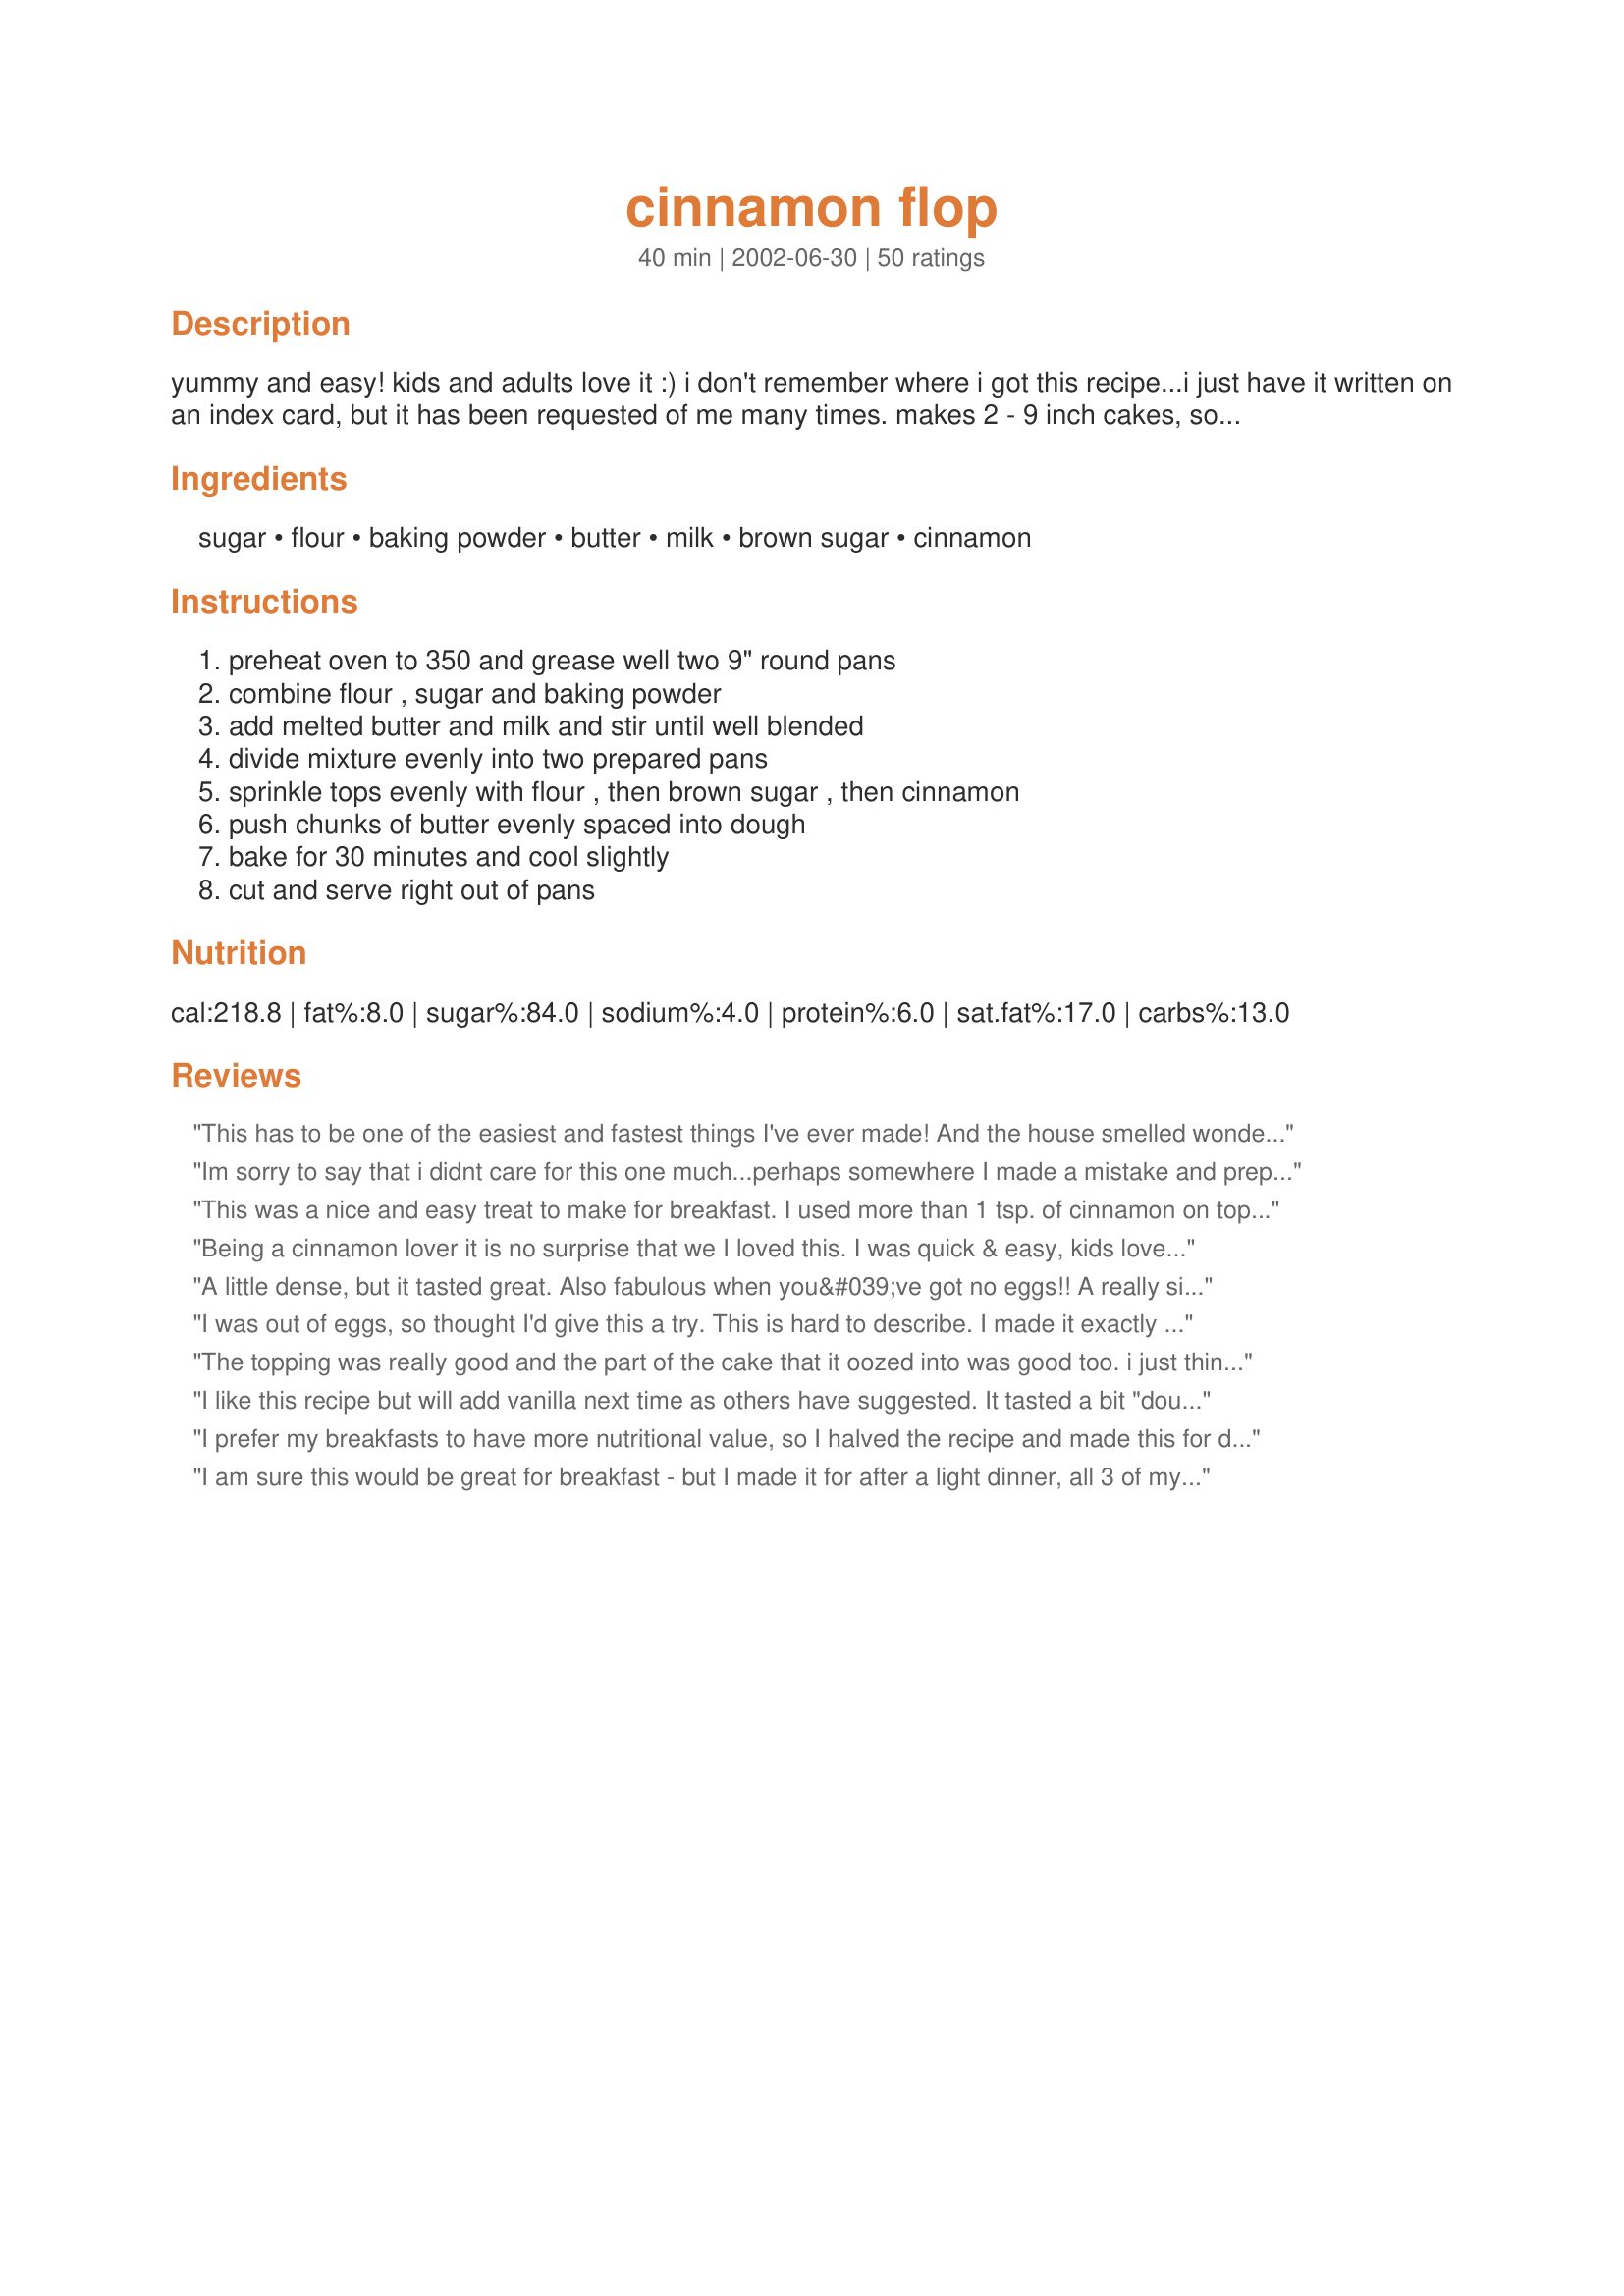
cinnamon flop
Preparation time: 40 minutes

yummy and easy! kids and adults love it :) i don't remember where i got this recipe...i just have it written on an index card, but it has been requested of me many times. makes 2 - 9 inch cakes, so there is enough to go around!

Ingredients:
sugar, flour, baking powder, butter, milk, brown sugar, cinnamon

Steps:
preheat oven to 350 and grease well two 9" round pans, combine flour , sugar and baking powder, add melted butter and milk and stir until well blended, divide mixture evenly into two prepared pans, sprinkle tops evenly with flour , then brown sugar , then cinnamon, push chunks of butter evenly spaced into dough, bake for 30 minutes and cool slightly, cut and serve right out of pans

Reviews:
This has to be one of the easiest and fastest things I've ever made! And the house smelled wonderful while it was baking, too. It was delicious with a good cup of coffee. While it was good the next day, it was by far the best while it was still warm, fresh out of the oven. Thanks for the recipe, Karen. I'll be making it again.
Im sorry to say that i didnt care for this one much...perhaps somewhere I made a mistake and prepared this dish wrong..but the batter fit into only 1 cake pan. I thought the texture was a bit chewy, although i did love the cinnamon on top( that was the best part)
This was a nice and easy treat to make for breakfast. I used more than 1 tsp. of cinnamon on top and I think next time I will add some vanilla to the batter and make some icing to drizzle on top. We will definately be having this again. Thanks for sharing!
Being a cinnamon lover it is no surprise that we I loved this. I was quick & easy, kids loved it too. We ate it warm right from the oven. Will definately make this again
A little dense, but it tasted great. Also fabulous when you&#039;ve got no eggs!! A really simple recipe which is good for weekend brunch!
I was out of eggs, so thought I'd give this a try. This is hard to describe. I made it exactly as written. My husband said it tastes like old bread with cinnamon to top. Threw it all out. Will not make this again.
The topping was really good and the part of the cake that it oozed into was good too. i just think that the cake part needed more flavour. The recipe was super easy to follow and very quick to put together.
I like this recipe but will add vanilla next time as others have suggested. It tasted a bit "doughy". My dh loved it. Also, it is stuck to the bottom of my baking pan even though I greased it. Next time I'll grease and flour the bottom of the pans.
I prefer my breakfasts to have more nutritional value, so I halved the recipe and made this for dessert. It was easy, quick and not too rich or full of fat. I'll probably make it again. Might be good with some chopped nuts on top.
 I am sure this would be great for breakfast - but I made it for after a light dinner, all 3 of my kids loved a big chunk with a glass of milk, I loved it too! Easy and quick to make, the cinnamon topping really lifts it as well.
I found this to be very tasty. My children really liked it too. Thanks for posting such a great recipe. Barbara B.
This was absolutely delicious. I made it this morning as a treat for ds, who has difficulty getting up in the morning for preschool. The smell of it got him right up out of bed!! We all loved it. I added a teaspoon of vanilla to the batter. Thanks so much for this great recipe - I will be making again and again and again...
Super easy to make - yummy!
I made this for breakfast a couple days ago. I put the coffee on first thing when I got up, then slapped it together. The coffee was just finishing when I popped it in the oven. Made my husband's thermos, poured my first cup, put on another pot of coffee, then packed hubby's lunch. The "FLOP" was just ready to come out of the oven when I finished the lunch and got my husband up. He and I ate it warm out of the oven (he even wanted a piece added to his lunchbox), and the girls ate it room temperature when they got up. The family wiped it out entirely. Thumbs up from all of them!!!
I took this to my family reunion this summer and it was a VERY BIG hit with everyone kids and adults!! We all agreed I should have brought vanilla ice cream to serve with it...I will know for next time. Thanx for wonderful recipe
DS and I made this for DH for Father's Day and served it to him in bed. Quite tasty and so easy that it kept DS interested. I made a 1/2 recipe.
This could not be simpler. I did add some vanilla and nutmeg. I love that its quick and easy, I just received an Amish cookbook and this recipe is in it. Good recipe to teach your kids to bake with.
Found this recipe at the local library. A book titled &#039;From Amish and Mennonite Kitchens.&#039; Wonderful recipe! Quick, simple, flavorful. Perfect for when we are low/out of eggs.
It was really great tasting, but I messed it up a bit. I didn't spread the topping evenly enough for one. Would benefit from some vanilla. I'd make it again. Also, the texture was a bit odd. Not all that fluffy.
made this morning, very simple and quick - I used my largest springform pan instead of using 2 - 9" cake pans and it turned out good
Made this last night for a quick dessert, needless to say it was gone in no time. I did manage to hide a piece to enjoy with my coffee this morning. It was very good and easy to prepare, DH says it was easy to eat also! (He couldn't stop!)
Karen, 
Thank you for sharing your recipe. It was delicious. My family enjoyed it very much. My children usually don't like to try anything new, but their eyes lit up when they tasted it. This is a new family favorite!
Very tasty and very easy. I halved the recipe for only one pan, which worked just fine. My cooking time was less, too- only about 15 minutes rather than 20. Very simple and it reminds me of a crumbcake or a coffeecake, but less unhealthy. I think that, as others have said, that this would benefit greatly from the addition of nuts and vanilla. Maybe a bit of chopped apple or some raisins? Tender and light little cake (and egg-free!) I will be making this again.
This was quick and easy. It's not as heavy or sweet as a crumb cake so it it nice for breakfast. I thought it tasted much better the next day rather than hot out of the oven. The only change I wade was to add a teaspoon of vanilla to the batter. When I want something quick, I will use this recipe again, but it will not replace my more flavorful crumb cake recipe when I have the extra time.
I agree that it was a bit dense. I added pears which worked great. I will make this one again i guess, i just need an occasion. It would be great for pot lucks but people here tend to prefer creamier, richer cakes, which i do not. So i could only give 4 stars as i basically cook and bake more for friend than for myself.
For me, this was just okay. I liked the idea of it a lot, but it didn't really hit the spot for either a breakfast cake or a dessert. It was really dense and not that flavorful. In any case, I will probably make it again because I always have the ingredients on hand and it was quick and easy to throw together. Maybe I'll play with the recipe a bit and try adding nuts or other flavors.
I halved the recipe and then accidentally added a whole cup of lite vanilla soymilk. Deciding to be brave I added vanilla essence, a packet of instant vanilla oatmeal, and half a cup of dessicated coconut. It is suprisingly still good, not too sweet, not too plain. Will defintely bake again!
Very EASY!!! and everyone loves it! thanks so much!!
I made this one night when I just wanted something warm for dessert. It was really good. Goes well with hot tea.
If I was rating this for "kid friendliness" in the kitchen I'd give it a 5 star rating. However, for taste it only earns 3 stars. If we make this again I'll try some of the additions the others suggested. For my family it was a little bland - it needed just a bit of ooey gooeyness.
This is good and easy .. we enjoyed this for breakfast, it was light and fluffy .. thanks!
Oh YUM!!!!
This "Flop" is a total "Thumbs Up"! 
What a neat treat for breakfast this a.m. So easy to put together and have ready in jig time!
Dandy little recipe, Karen. We really enjoyed.
Thanks so much for posting another winner.
Laudee C.
I just loved how simple this was to put together early on a Sunday morning! What a delightful addition it was to our morning coffee! Just the right amount of sugar and cinnamon combination, with a light and tasty cake. Thanks so much, Karen, for a new morning treat!...(I took several photos, but I see your Cinnamon FLOP is already displayed! ; )
What a hit this was at my house. They ate on it all day. Definitely a keeper.
This was easy to make and tastes great. Tossed it together as a quicky dessert and my DH loved it.
I LOVED it is perfect for a brunch
Good warm as pudding with cream or cold as cake - easy to vary ingredients according to what you have to hand
This was really very good. I made this today, exactly as specified. It was easy, economical and very tasty! Thanks :-)
I'm not going to put any stars because I don't want to mess up your excellent rating & besides, I honestly don't think it was the recipe, I think it was me. I really goofed somewhere along the way. I ended up with a very skinny, very firm pancake--it definitely didn't look like the picture. Now that it's done, I'm thinking maybe I forgot to add the baking powder. The only reason I'm posting this about my colossal goof is to let you know that the flavor is delicious and I ended up with a really interesting "dessert jerky". It's REALLY chewy & tastes good--you get a great workout just chewing it up. I'm definitely going to try it again, but not until everybody who saw it stops laughing.
This was just a nice recipe for when a quick and easy breakfast treat is desired.Ingredients are all regularly on hand and very economical.This was what prompted me to try this one.The addition of nuts and vanilla is definately recommended.
It was too dense and oddly salty. Proportions were all weird and it just didn't work.
We had an early morning at our office to finish a huge project. We have a kitchenette and I slapped this together. I have earned points with everyone in the office! Wonderful!
Karen we flipped over your "Flop". This is one of my all time favorite Recipezaar recipes. I scaled the recipe back to make only one as there were just two of us and it came out fine.Easy to put together and the ingredients are ones we all have around. Thanks for a great recipe!
YUMMM!! I am scarfing down a piece right now! This recipe is very simple, and yummy! I only made one "Flop" in a bigger round pan, and I had to increase the cooking time a bit because of that, but it turned out great. Very chewy and moist!
I made this for a quick desert last night. I remembered to add the vanilla and nuts as suggested, but then I forgot the cinnamon! It was still good, though. Also added a dollop of cool whip on each slice. Next time I will get it right. Thanks.
Like a few others, mine turned out a bit too chewy and less fluffy than the picture. While the texture was off, the flavor was delicious. I may try it again in case I messed up somewhere. Any solutions to the texture issue would be greatly appreciated. I agree with others about the convenience of the ingredients.
Karen, this couldn't be any faster or easier to put together, but the results are amazing. And everything in it is a pantry staple, what a bonus! Great recipe!
Cheap, quick, and easy! These are ingredients I always have on hand, and we love to have things like this with our coffee! Thanks.
This is the 2nd flop type recipe that I made from the site, and the family rates this one the best. I added 2 tsp vanilla to the batter and mixed the flour/brown sugar/cinnamon before sprinkling. A yummy breakfast treat.
I made this for my employees today. I made some changes (of course). I halved the recipe. Then I substituted wheat flour for white flour and I added a teaspoon of vanilla extract. It was pretty good. But the I added a powder sugar glaze - and that made it really good.
